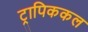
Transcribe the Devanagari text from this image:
ट्रापिककल